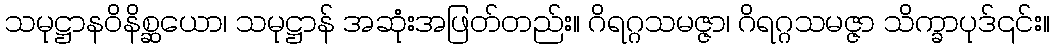
သမုဋ္ဌာနဝိနိစ္ဆယော၊ သမုဋ္ဌာန် အဆုံးအဖြတ်တည်း။ ဂိရဂ္ဂသမဇ္ဇာ၊ ဂိရဂ္ဂသမဇ္ဇာ သိက္ခာပုဒ်၎င်း။